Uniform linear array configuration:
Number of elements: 32
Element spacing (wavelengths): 0.25
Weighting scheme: blackman
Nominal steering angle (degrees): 45
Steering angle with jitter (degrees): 45.417
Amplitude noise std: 0.05
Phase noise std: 0.05

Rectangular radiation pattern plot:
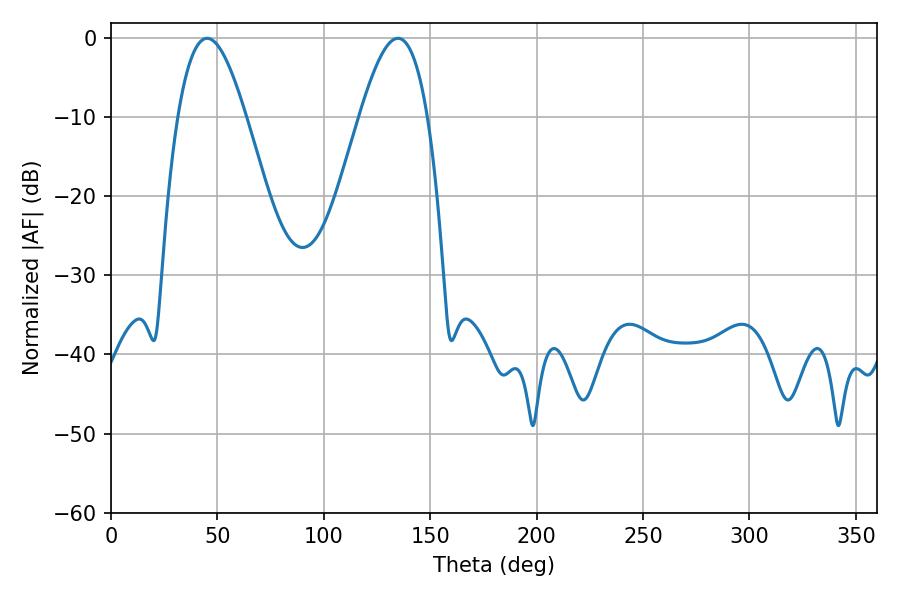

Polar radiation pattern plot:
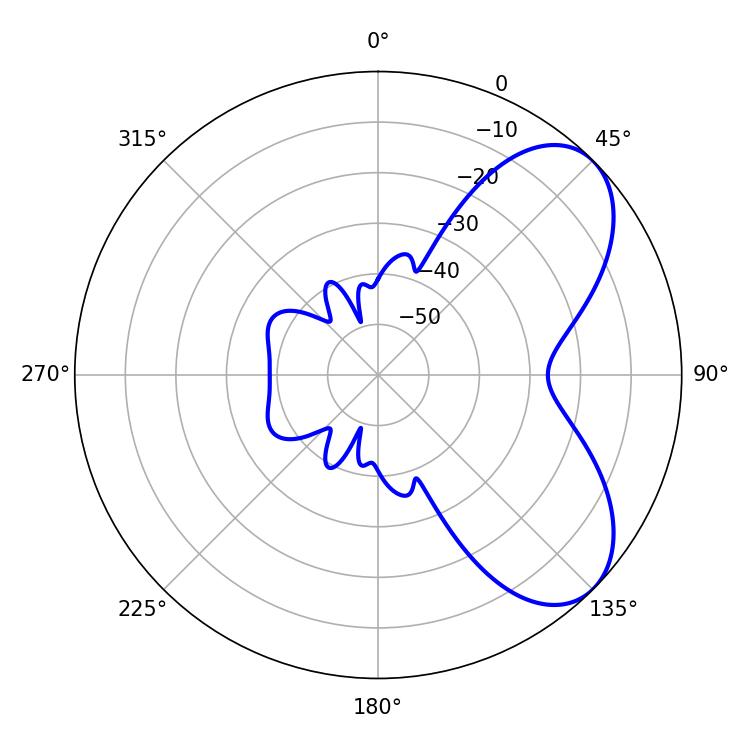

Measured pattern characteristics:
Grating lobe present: FALSE
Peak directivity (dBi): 6.244
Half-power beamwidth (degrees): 17.28
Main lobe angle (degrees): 45.18